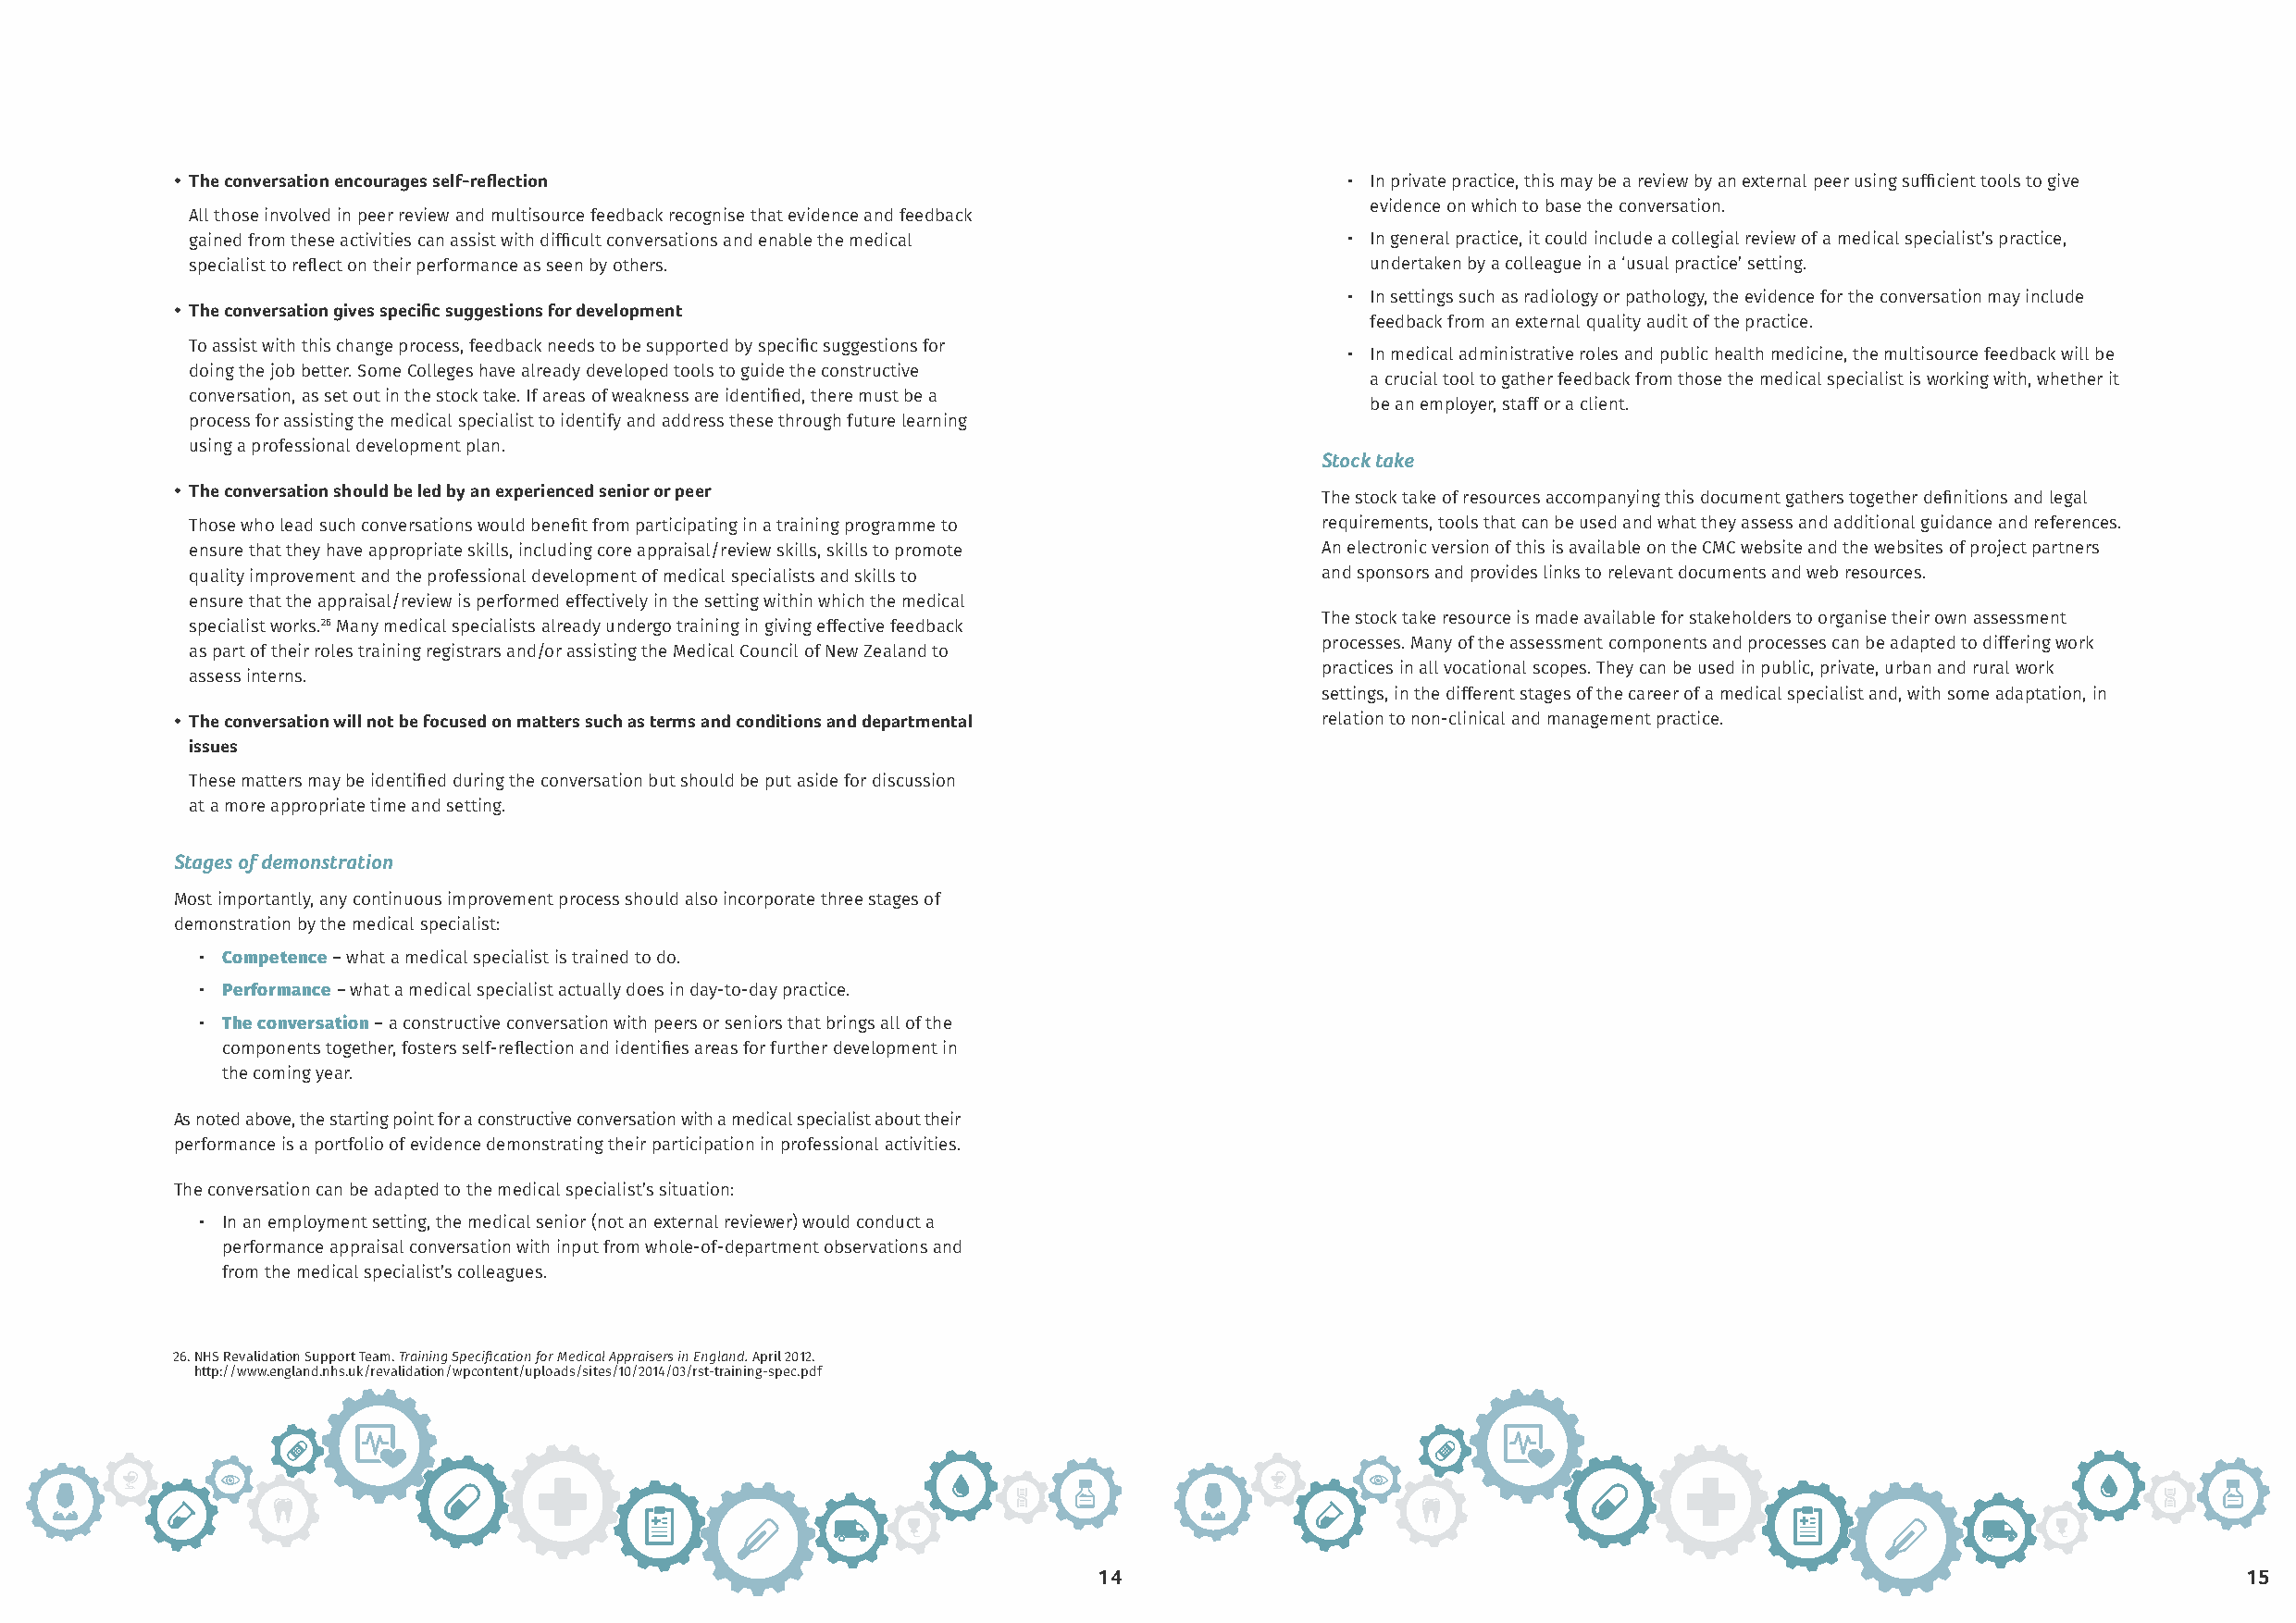
• The conversation encourages self-reflection                                       • In private practice, this may be a review by an external peer using sufficient tools to give
 evidence on which to base the conversation.
 All those involved in peer review and multisource feedback recognise that evidence and feedback
 gained from these activities can assist with difficult conversations and enable the medical • In general practice, it could include a collegial review of a medical specialist’s practice,
 specialist to reflect on their performance as seen by others.                       undertaken by a colleague in a ‘usual practice’ setting.
 • In settings such as radiology or pathology, the evidence for the conversation may include
 • The conversation gives specific suggestions for development
 feedback from an external quality audit of the practice.
 To assist with this change process, feedback needs to be supported by specific suggestions for
 • In medical administrative roles and public health medicine, the multisource feedback will be
 doing the job better. Some Colleges have already developed tools to guide the constructive
 a crucial tool to gather feedback from those the medical specialist is working with, whether it
 conversation, as set out in the stock take. If areas of weakness are identified, there must be a
 be an employer, staff or a client.
 process for assisting the medical specialist to identify and address these through future learning
 using a professional development plan.
 Stock take
 • The conversation should be led by an experienced senior or peer
 The stock take of resources accompanying this document gathers together definitions and legal
 Those who lead such conversations would benefit from participating in a training programme to requirements, tools that can be used and what they assess and additional guidance and references.
 ensure that they have appropriate skills, including core appraisal/review skills, skills to promote An electronic version of this is available on the CMC website and the websites of project partners
 quality improvement and the professional development of medical specialists and skills to and sponsors and provides links to relevant documents and web resources.
 ensure that the appraisal/review is performed effectively in the setting within which the medical
 The stock take resource is made available for stakeholders to organise their own assessment
 specialist works.26 Many medical specialists already undergo training in giving effective feedback
 processes. Many of the assessment components and processes can be adapted to differing work
 as part of their roles training registrars and/or assisting the Medical Council of New Zealand to
 practices in all vocational scopes. They can be used in public, private, urban and rural work
 assess interns.
 settings, in the different stages of the career of a medical specialist and, with some adaptation, in
 • The conversation will not be focused on matters such as terms and conditions and departmental relation to non-clinical and management practice.
 issues
 These matters may be identified during the conversation but should be put aside for discussion
 at a more appropriate time and setting.
 Stages of demonstration
 Most importantly, any continuous improvement process should also incorporate three stages of
 demonstration by the medical specialist:
 • Competence – what a medical specialist is trained to do.
 • Performance – what a medical specialist actually does in day-to-day practice.
 • The conversation – a constructive conversation with peers or seniors that brings all of the
 components together, fosters self-reflection and identifies areas for further development in
 the coming year.
 As noted above, the starting point for a constructive conversation with a medical specialist about their
 performance is a portfolio of evidence demonstrating their participation in professional activities.
 The conversation can be adapted to the medical specialist’s situation:
 • In an employment setting, the medical senior (not an external reviewer) would conduct a
 performance appraisal conversation with input from whole-of-department observations and
 from the medical specialist’s colleagues.
 26. NHS Revalidation Support Team. Training Specification for Medical Appraisers in England. April 2012.
 http://www.england.nhs.uk/revalidation/wpc ontent/uploads/sites/10/2014/03/rst-training-spec.pdf
 14                                                                                15